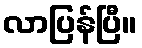
လာပြန်ပြီ။